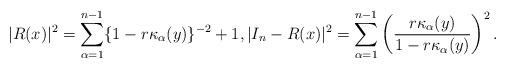
LaTeX: \begin{align*} |R(x)|^2 = \sum_{\alpha=1}^{n-1}\{1-r\kappa_\alpha(y)\}^{-2}+1, |I_n-R(x)|^2 = \sum_{\alpha=1}^{n-1}\left(\frac{r\kappa_\alpha(y)}{1-r\kappa_\alpha(y)}\right)^2. \end{align*}